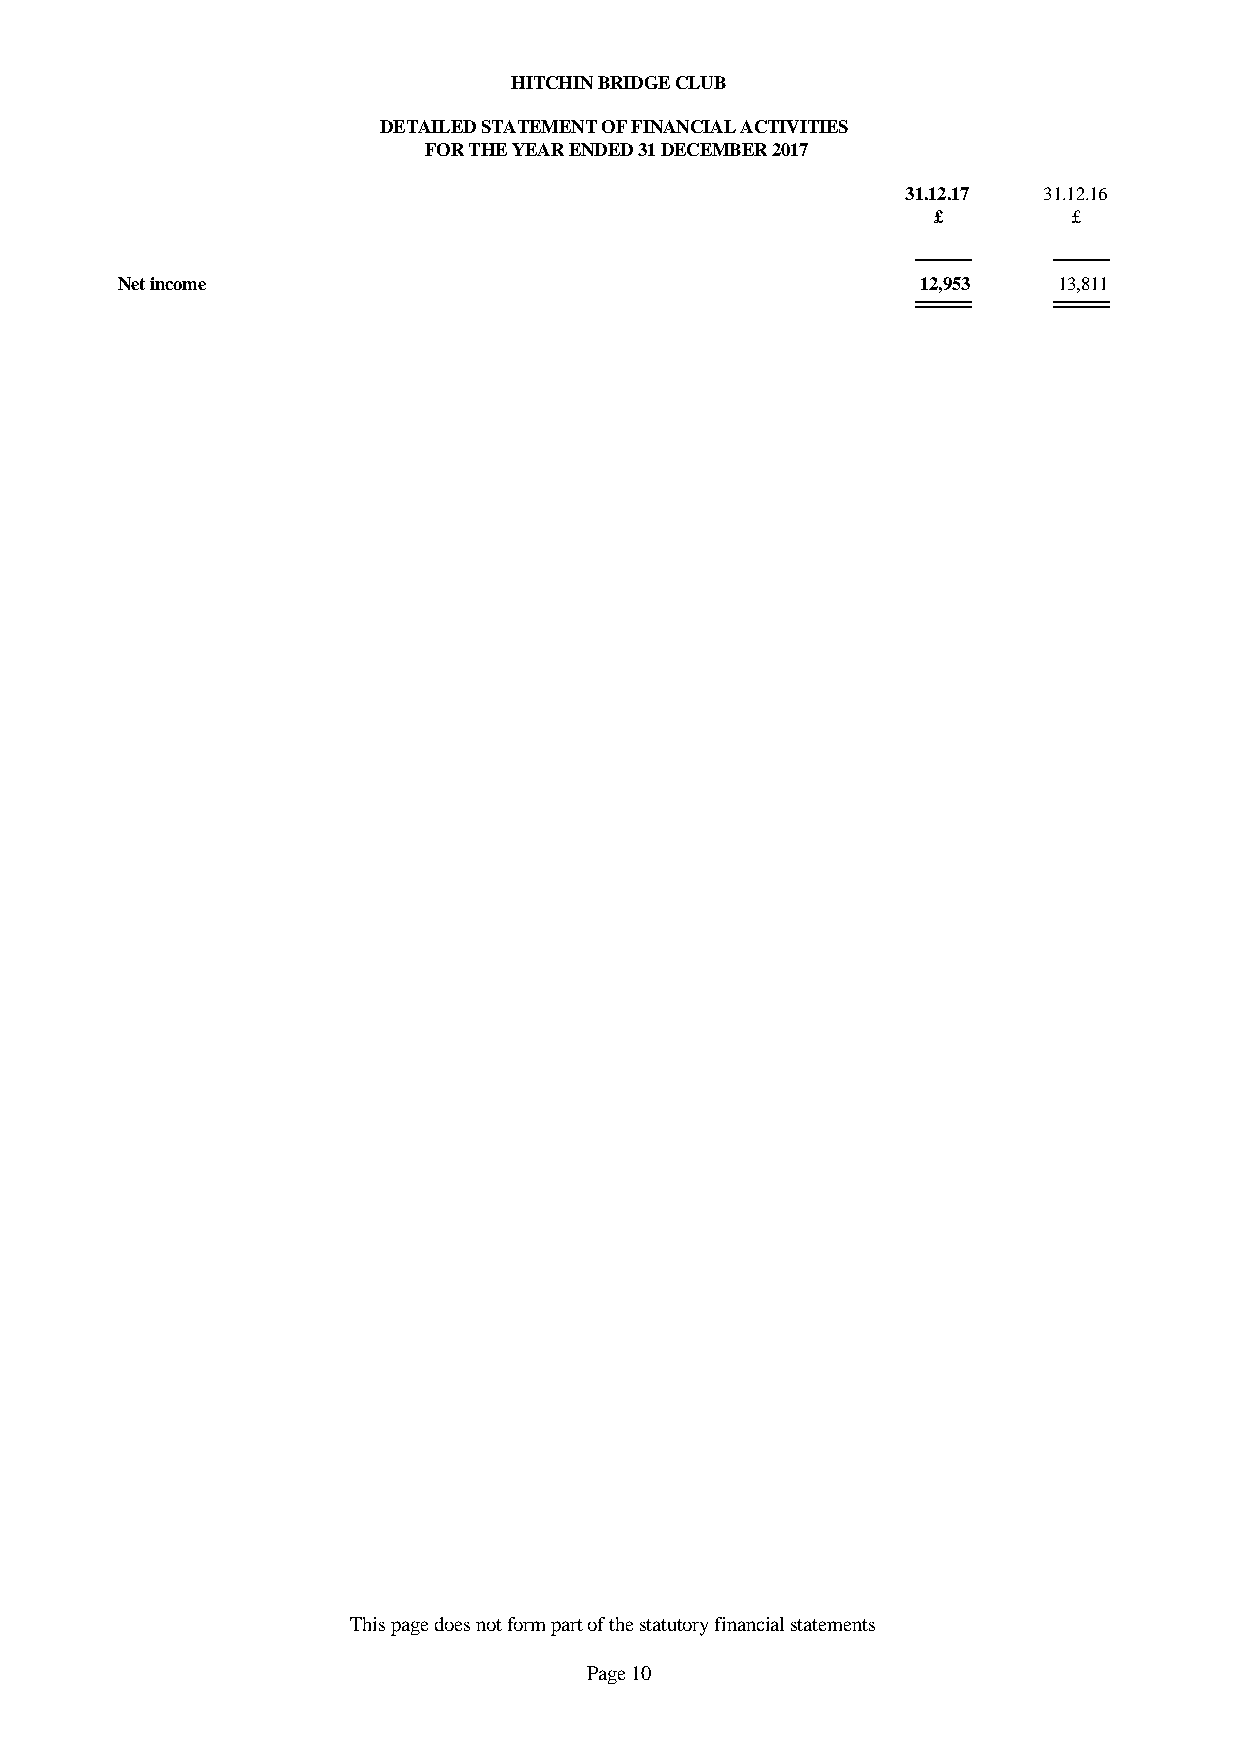
HITCHIN BRIDGE CLUB
 DETAILED STATEMENT OF FINANCIAL ACTIVITIES
 FOR THE YEAR ENDED 31 DECEMBER 2017
 31.12.17 31.12.16
 £        £
 Net income                                           12,953   13,811
 This page does not form part of the statutory financial statements
 Page 10